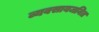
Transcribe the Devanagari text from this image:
व्यवसायजनित